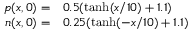
\begin{array} { r l } { p ( x , 0 ) = } & { { } 0 . 5 ( \operatorname { t a n h } ( x / 1 0 ) + 1 . 1 ) } \\ { n ( x , 0 ) = } & { { } 0 . 2 5 ( \operatorname { t a n h } ( - x / 1 0 ) + 1 . 1 ) } \end{array}